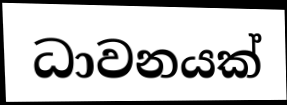
ධාවනයක්